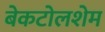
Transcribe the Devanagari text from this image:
बेकटोलशेम